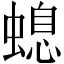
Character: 螅